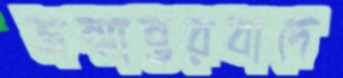
জন্মান্তরবাদে